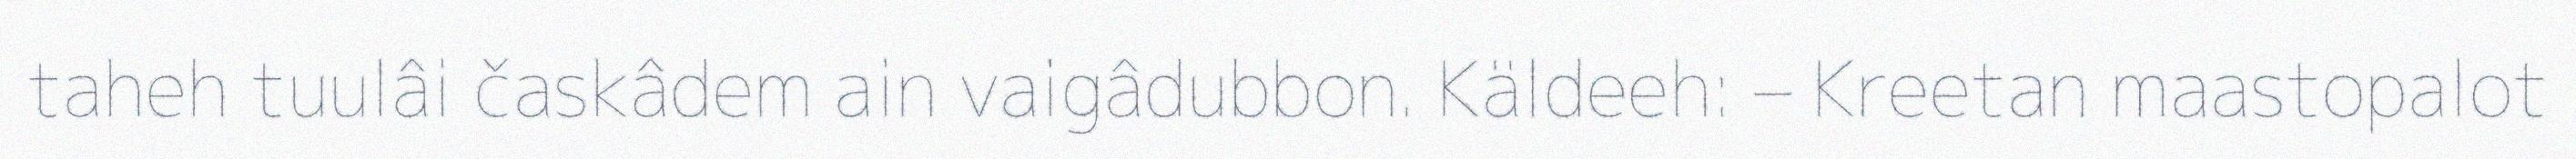
taheh tuulâi časkâdem ain vaigâdubbon. Käldeeh: – Kreetan maastopalot